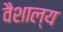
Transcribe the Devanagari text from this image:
वैशाल्य